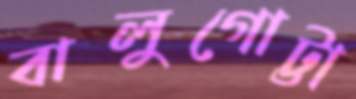
বালুগোট্টা